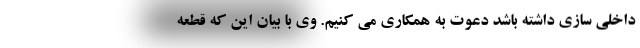
داخلی سازی داشته باشد دعوت به همکاری می کنیم. وی با بیان این که قطعه